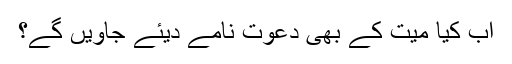
اب کیا میت کے بھی دعوت نامے دیئے جاویں گے؟